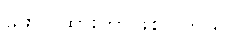
ဖော်ပြထားတာဖြစ်ပါတယ်။